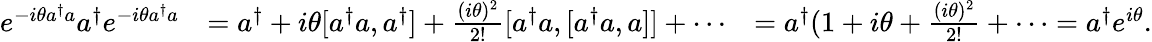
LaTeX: \begin{array}{rlr}{e^{-i\theta a^{\dagger}a}a^{\dagger}e^{-i\theta a^{\dagger}a}}&{=a^{\dagger}+i\theta[a^{\dagger}a,a^{\dagger}]+\frac{(i\theta)^{2}}{2!}[a^{\dagger}a,[a^{\dagger}a,a]]+\cdots}&{=a^{\dagger}(1+i\theta+\frac{(i\theta)^{2}}{2!}+\cdots=a^{\dagger}e^{i\theta}.}\end{array}